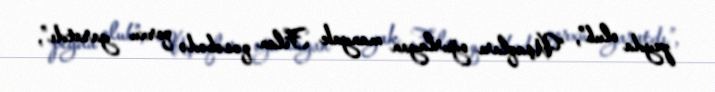
peyda olub”, “Uşaqları oğurlayan manyak Filan qəsəbədə qorxu yaratdı”,